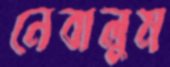
নেবালুম